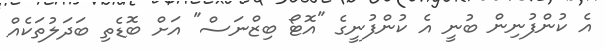
އެ ކުންފުނިން ބުނީ އެ ކުންފުނީގެ "އޮޓޯ ބިޒްނަސް" އަށް ބޮޑެތި ބަދަލުތަކެއް